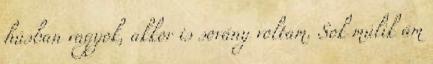
húsban vagyok, akkor is sovány voltam. Sok múlik ám